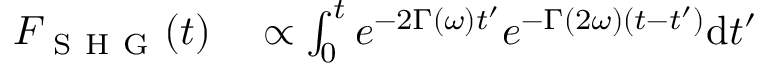
\begin{array} { r l } { F _ { \mathrm { ~ S ~ H ~ G ~ } } ( t ) } & { { } \propto \int _ { 0 } ^ { t } e ^ { - 2 \Gamma ( \omega ) t ^ { \prime } } e ^ { - \Gamma ( 2 \omega ) ( t - t ^ { \prime } ) } \mathrm { d } t ^ { \prime } } \end{array}